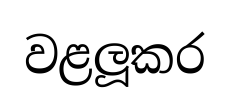
වළලූකර